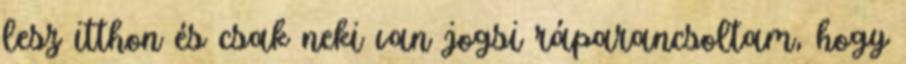
lesz itthon és csak neki van jogsi ráparancsoltam, hogy